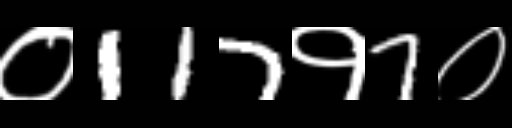
Text: ०117१7०